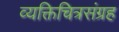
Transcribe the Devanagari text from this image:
व्यक्तिचित्रसंग्रह